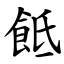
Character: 䬫